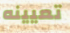
تعيينه